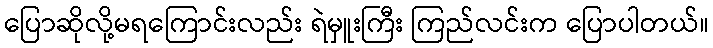
ပြောဆိုလို့မရကြောင်းလည်း ရဲမှူးကြီး ကြည်လင်းက ပြောပါတယ်။